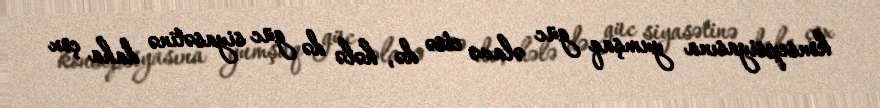
konsepsiyasına yumşaq güc əlavə etsə də, hələ də güc siyasətinə daha çox